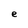
Character: e